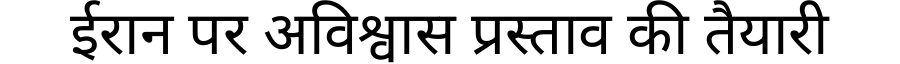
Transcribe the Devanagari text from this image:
ईरान पर अविश्वास प्रस्ताव की तैयारी